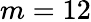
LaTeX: m=12